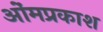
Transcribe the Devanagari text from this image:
ओंमप्रकाश